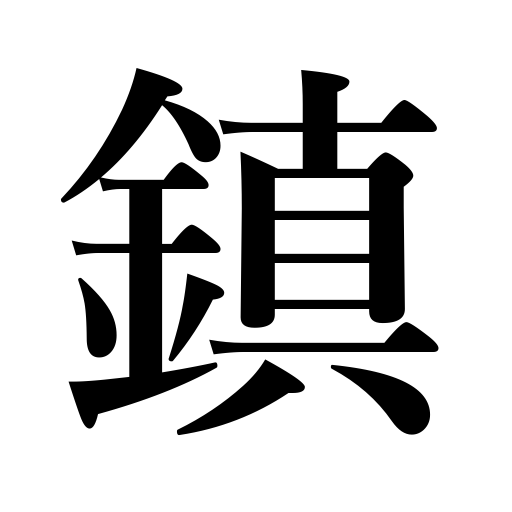
Meanings: get quiet,alleviate,ancient garrisons for peace-preservation,grow still,calm,suppress,quell,appease,subside,be suppressed,die down,soothe,pacify,calm down